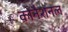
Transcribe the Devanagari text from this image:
कोनैशनल